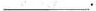
___.